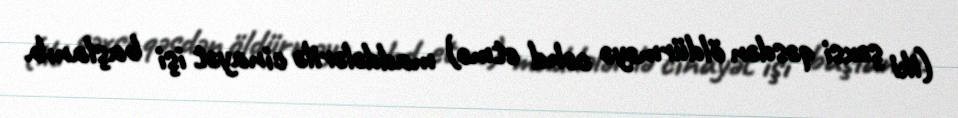
(iki şəxsi qəsdən öldürməyə cəhd etmə) maddələrilə cinayət işi başlanıb.